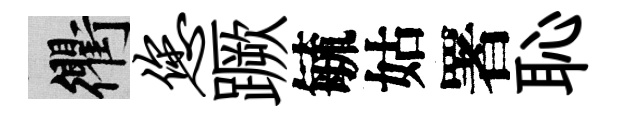
衢您蹶毓姑署恥